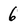
Character: 6